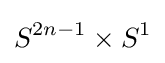
S^{2n-1}\times S^{1}